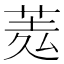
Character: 𦲃